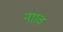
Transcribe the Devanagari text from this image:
नााव